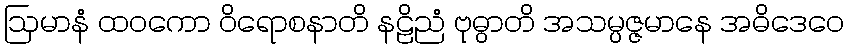
ဩမာနံ ထဝကော ဝိရောစနာတိ နဠိညံ ဗုဓွာတိ အသမ္ပဇ္ဇမာနေ အဓိဒေဝေ